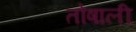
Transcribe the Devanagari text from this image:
तोषाली